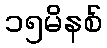
၁၅မိနစ်